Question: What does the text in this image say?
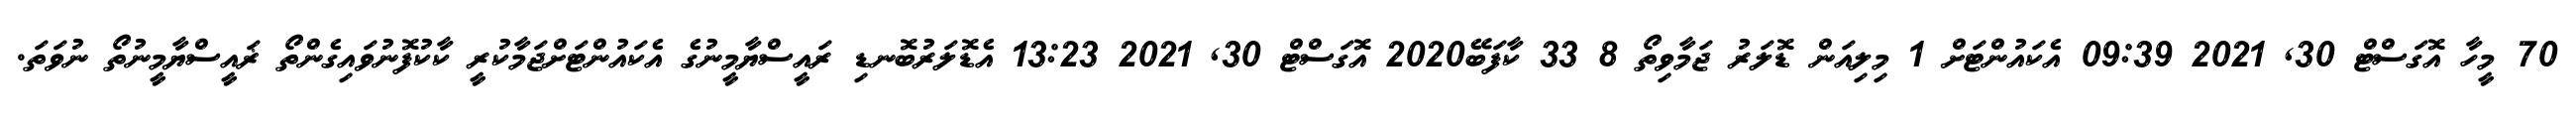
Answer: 70 މީހާ އޮގަސްޓް 30, 2021 09:39 އެކައުންޓަށް 1 މިލިއަން ޑޮލަރު ޖަމާވިތޯ 8 33 ކާފަބޭ2020 އޮގަސްޓް 30, 2021 13:23 އެޑޮލަރުބޮނޑި ރައީސްޔާމީނުގެ އެކައުންޓަށްޖަމާކުރީ ކާކުފޮނުވައިގެންތޯ ޜައީސްޔާމީނުތޯ ނުވަތަ.